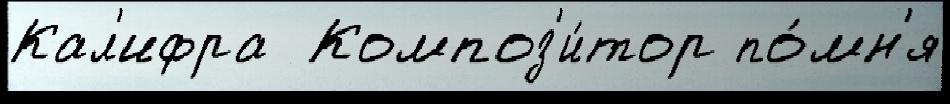
Кал'ифра  Композ'и́тор по́мн'я